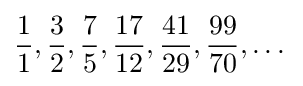
{\frac {1}{1}},{\frac {3}{2}},{\frac {7}{5}},{\frac {17}{12}},{\frac {41}{29}},{\frac {99}{70}},\dots